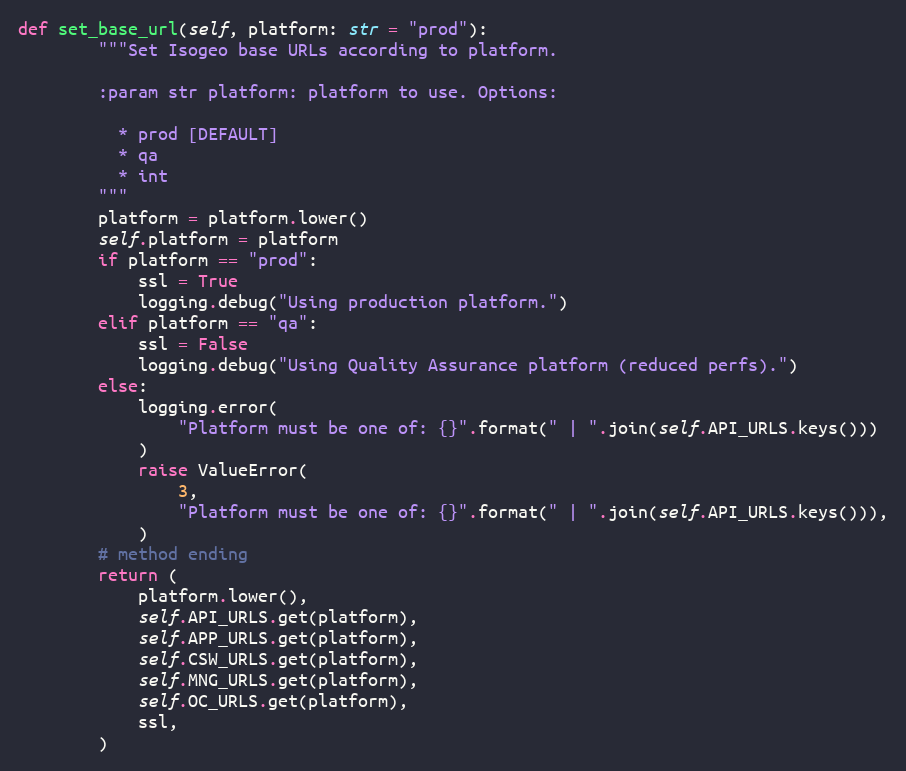
Language: Python
def set_base_url(self, platform: str = "prod"):
        """Set Isogeo base URLs according to platform.

        :param str platform: platform to use. Options:

          * prod [DEFAULT]
          * qa
          * int
        """
        platform = platform.lower()
        self.platform = platform
        if platform == "prod":
            ssl = True
            logging.debug("Using production platform.")
        elif platform == "qa":
            ssl = False
            logging.debug("Using Quality Assurance platform (reduced perfs).")
        else:
            logging.error(
                "Platform must be one of: {}".format(" | ".join(self.API_URLS.keys()))
            )
            raise ValueError(
                3,
                "Platform must be one of: {}".format(" | ".join(self.API_URLS.keys())),
            )
        # method ending
        return (
            platform.lower(),
            self.API_URLS.get(platform),
            self.APP_URLS.get(platform),
            self.CSW_URLS.get(platform),
            self.MNG_URLS.get(platform),
            self.OC_URLS.get(platform),
            ssl,
        )